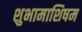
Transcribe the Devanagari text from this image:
शुभामाशिषम